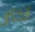
أكثر